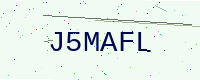
Text: J5MAFL